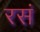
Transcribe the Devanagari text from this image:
रसं